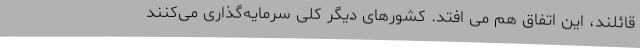
قائلند، این اتفاق هم می افتد. کشورهای دیگر کلی سرمایه‌گذاری می‌کنند